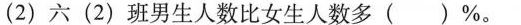
(2)六(2)班男生人数比女生人数多( )%。